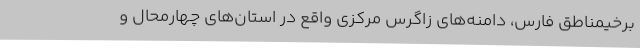
برخیمناطق فارس، دامنه‌های زاگرس مرکزی واقع در استان‌های چهارمحال و